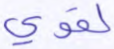
لقوي